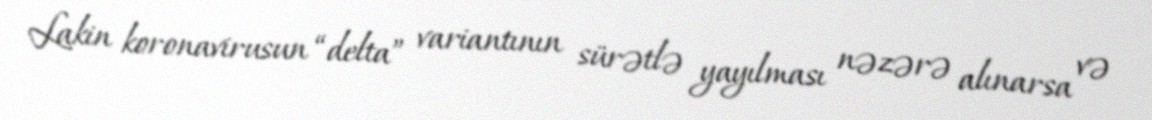
Lakin koronavirusun “delta” variantının sürətlə yayılması nəzərə alınarsa və